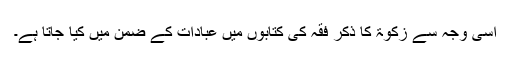
اسی وجہ سے زکوٰۃ کا ذکر فقہ کی کتابوں میں عبادات کے ضمن میں کیا جاتا ہے۔